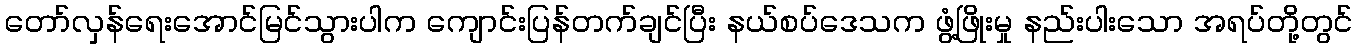
တော်လှန်ရေးအောင်မြင်သွားပါက ကျောင်းပြန်တက်ချင်ပြီး နယ်စပ်ဒေသက ဖွံ့ဖြိုးမှု နည်းပါးသော အရပ်တို့တွင်